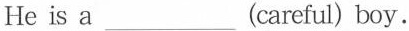
He is a ___(careful) boy.